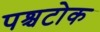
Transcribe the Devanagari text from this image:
पश्चटोक